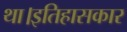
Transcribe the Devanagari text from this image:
था।इतिहासकार